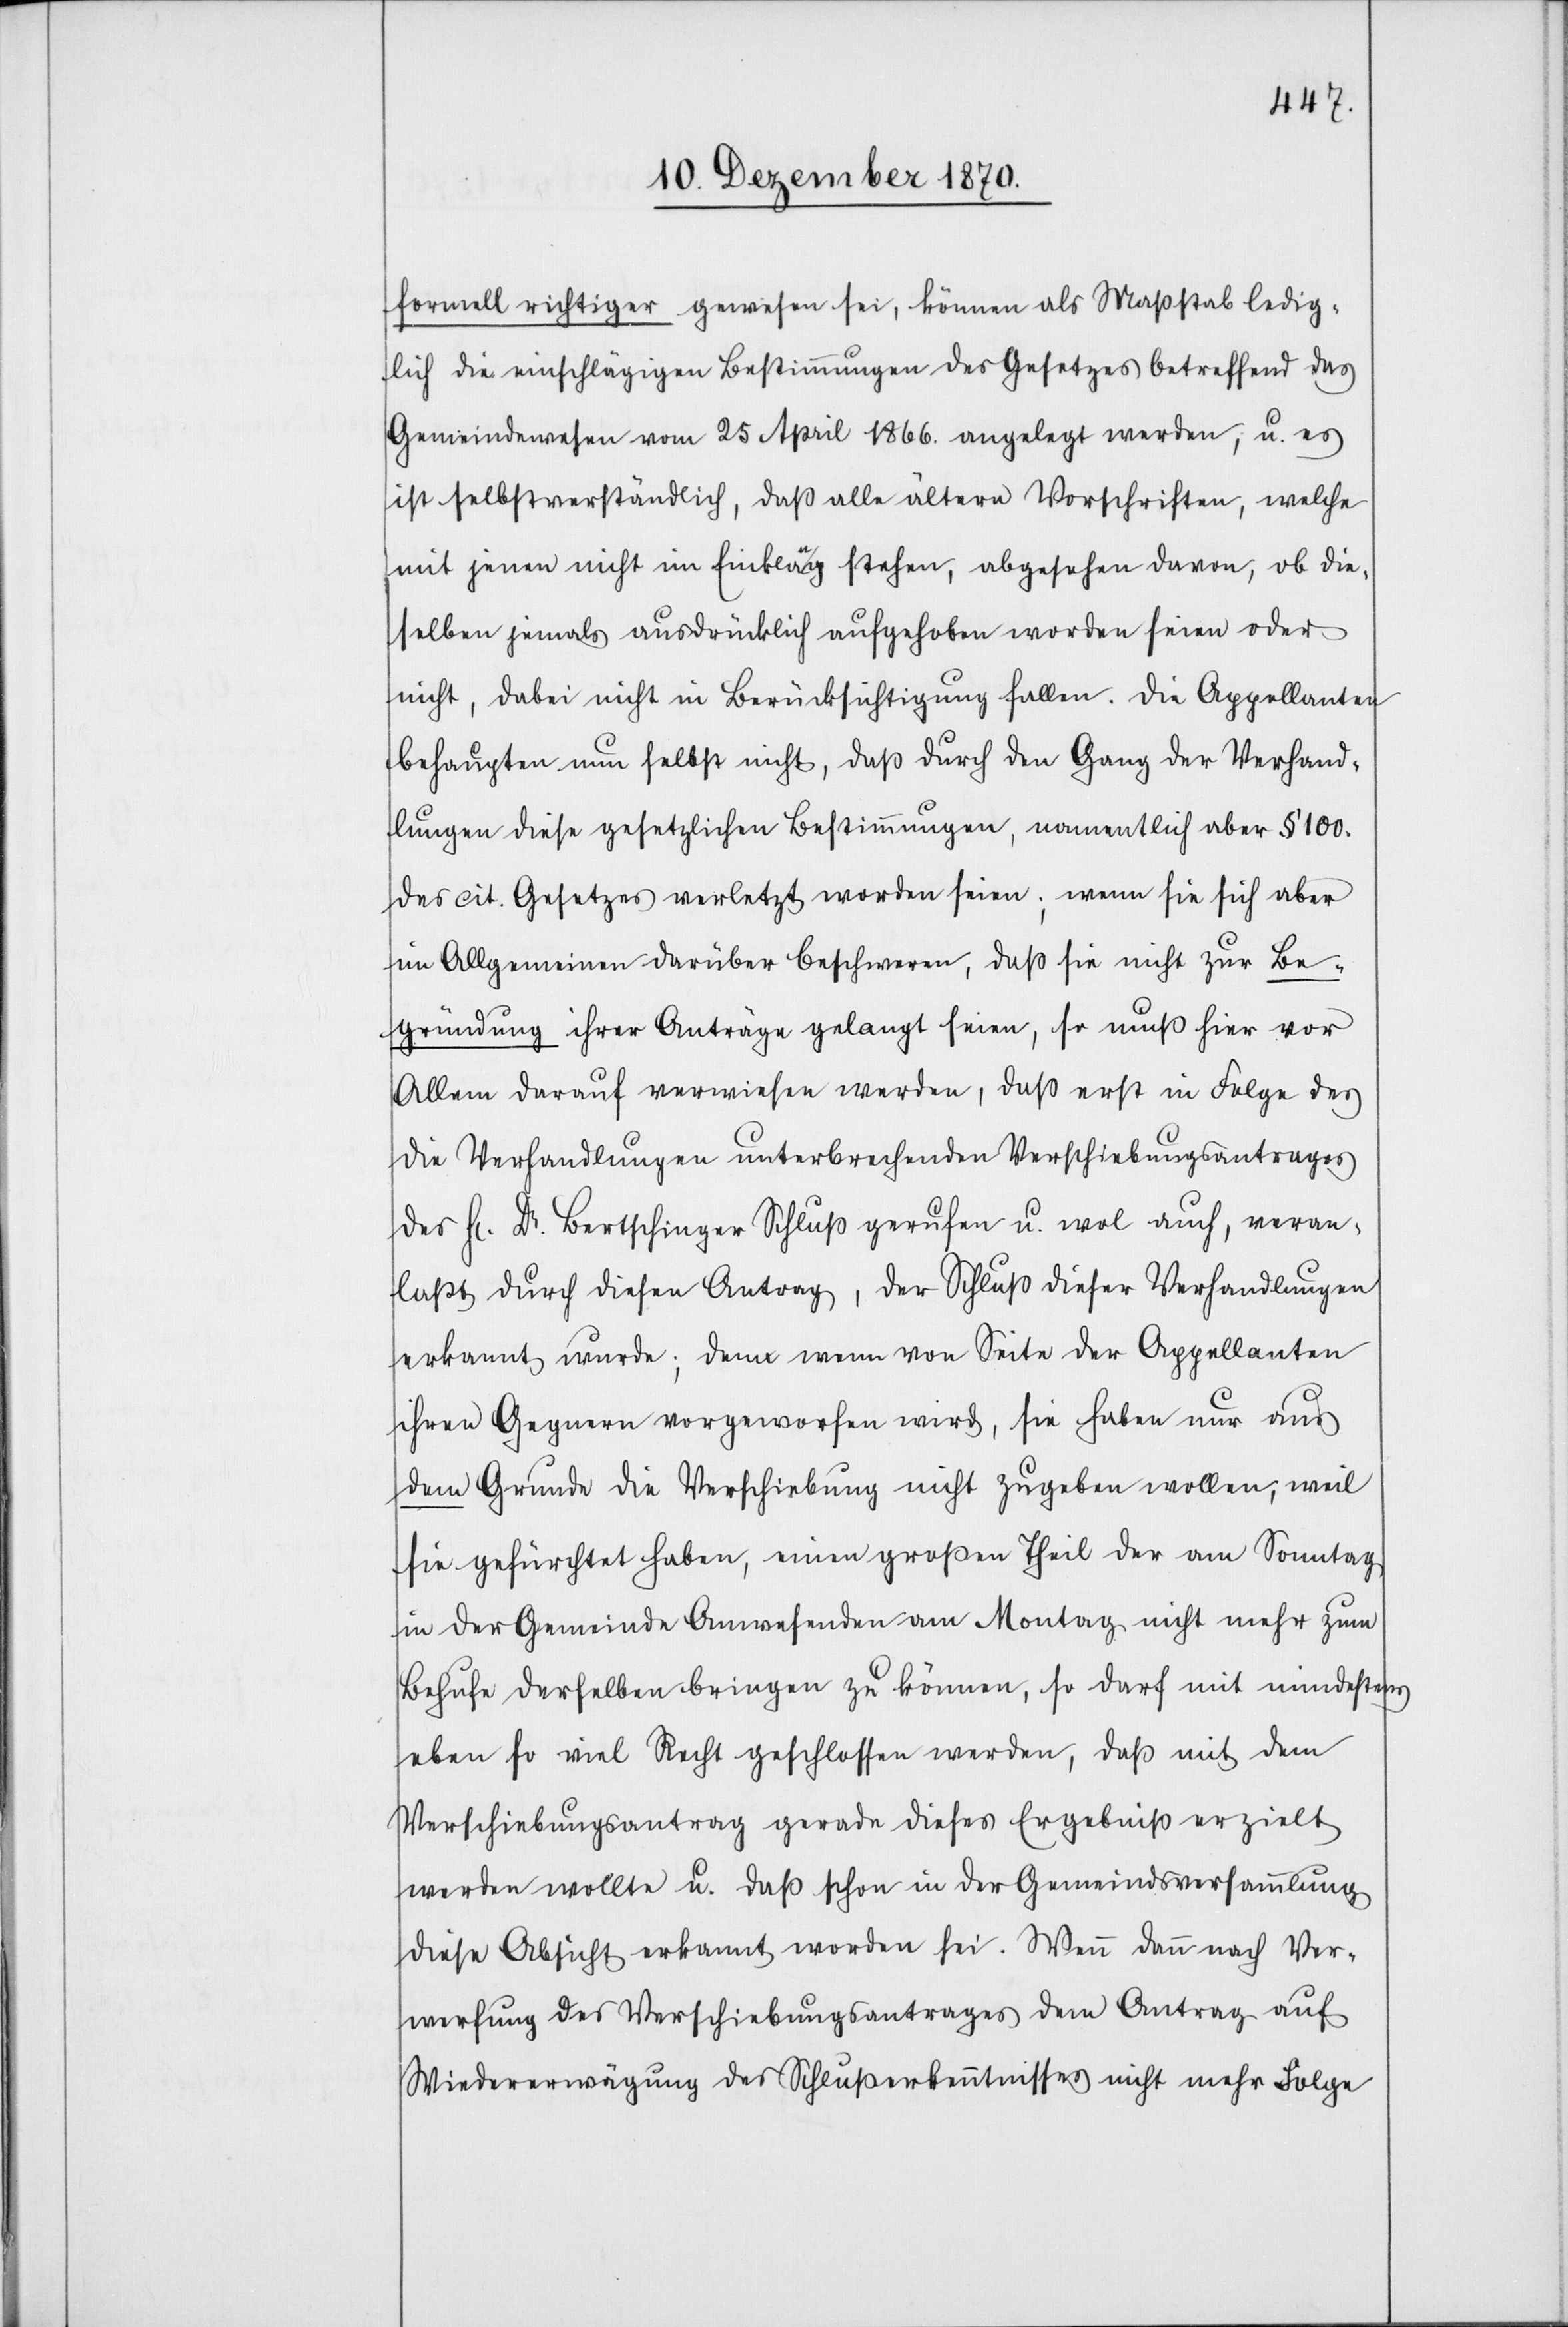
formell richtiger gewesen sei, können als Maßstab ledig¬
lich die einschlägigen Bestimmungen des Gesetzes betreffend das
Gemeindewesen vom 25 April 1866. angelegt werden, u. es
ist selbstverständlich, daß alle ältern Vorschriften, welche
mit jenen nicht im Einklang stehen, abgesehen davon, ob die¬
selben jemals ausdrücklich aufgehoben worden seien oder
nicht, dabei nicht in Berücksichtigung fallen. Die Appellanten
behaupten nun selbst nicht, das durch den Gang der Verhand¬
lungen diese gesetzlichen Bestimmungen, namentlich aber § 100.
des cit. Gesetzes verletzt worden seien, wenn sie sich aber
im Alllgemeinen darüber beschweren, daß sie nicht zur Be¬
gründung ihrer Anträge gelangt seien, so muß hier vor
Allem darauf verwiesen werden, daß erst in Folge des
die Verhandlungen unterbrechenden Verschiebungsantrages
H[errn] Dr. Bertschinger Schluß gerufen u. wol auch veran¬
laßt durch diesen Antrag, der Schluß dieser Verhandlungen
erkannt wurde; denn wenn von Seite der Appellanten
ihren Gegnern vorgeworfen wird, sie haben nur aus
dem Grunde die Verschiebung nicht zugeben wollen, weil
sie gefürchtet haben, einen großen Theil der am Sonntag
in der Gemeinde Anwesenden am Montag nicht mehr zum
Behufe derselben bringen zu können, so darf mit mindestens
eben so viel Recht geschlossen werden, daß mit dem
Verschiebungsantrag gerade dieses Ergebniß erziehlt
werden wollte u. daß schon in der Gemeindsversammlung
diese Absicht erkannt worden sei. Wenn dann nach Ver¬
werfung des Verschiebungsantrages dem Antrag auf
Wiedererwägung des Schlußerkenntnisses nicht mehr Folge